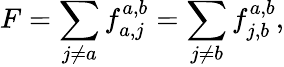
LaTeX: F=\sum_{j\ne a}f_{a,j}^{a,b}=\sum_{j\ne b}f_{j,b}^{a,b},